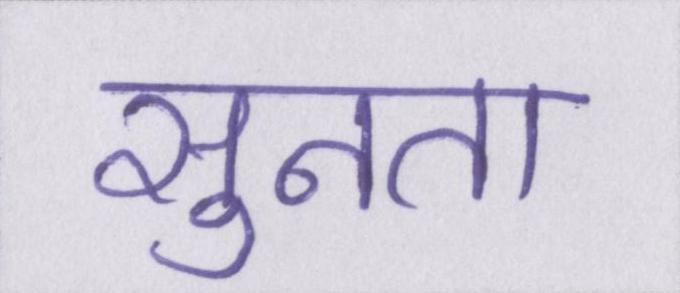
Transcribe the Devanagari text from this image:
सुनता